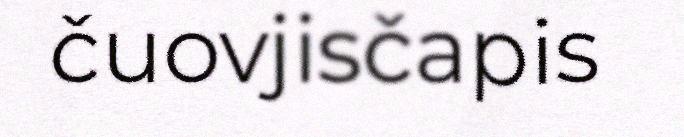
čuovjisčapis